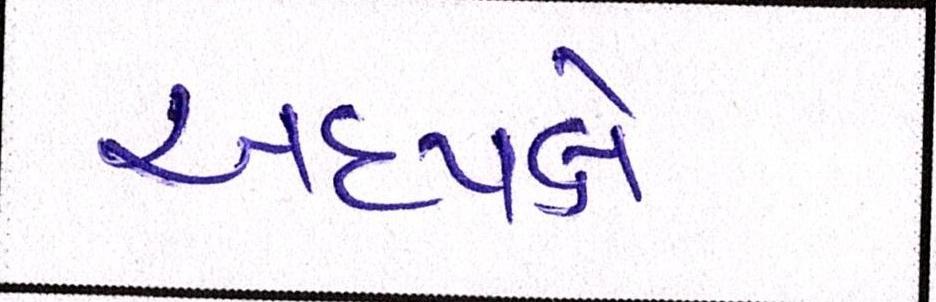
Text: અધ્યક્ષે